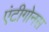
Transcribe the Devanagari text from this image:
एंटीगोनस